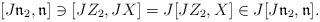
LaTeX: \begin{align*} [J\mathfrak{n}_2,\mathfrak{n}] \ni [JZ_2,JX] = J[JZ_2,X] \in J[J\mathfrak{n}_2,\mathfrak{n}]. \end{align*}